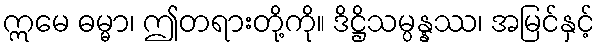
ဣမေ ဓမ္မာ၊ ဤတရားတို့ကို။ ဒိဋ္ဌိသမ္ပန္နဿ၊ အမြင်နှင့်